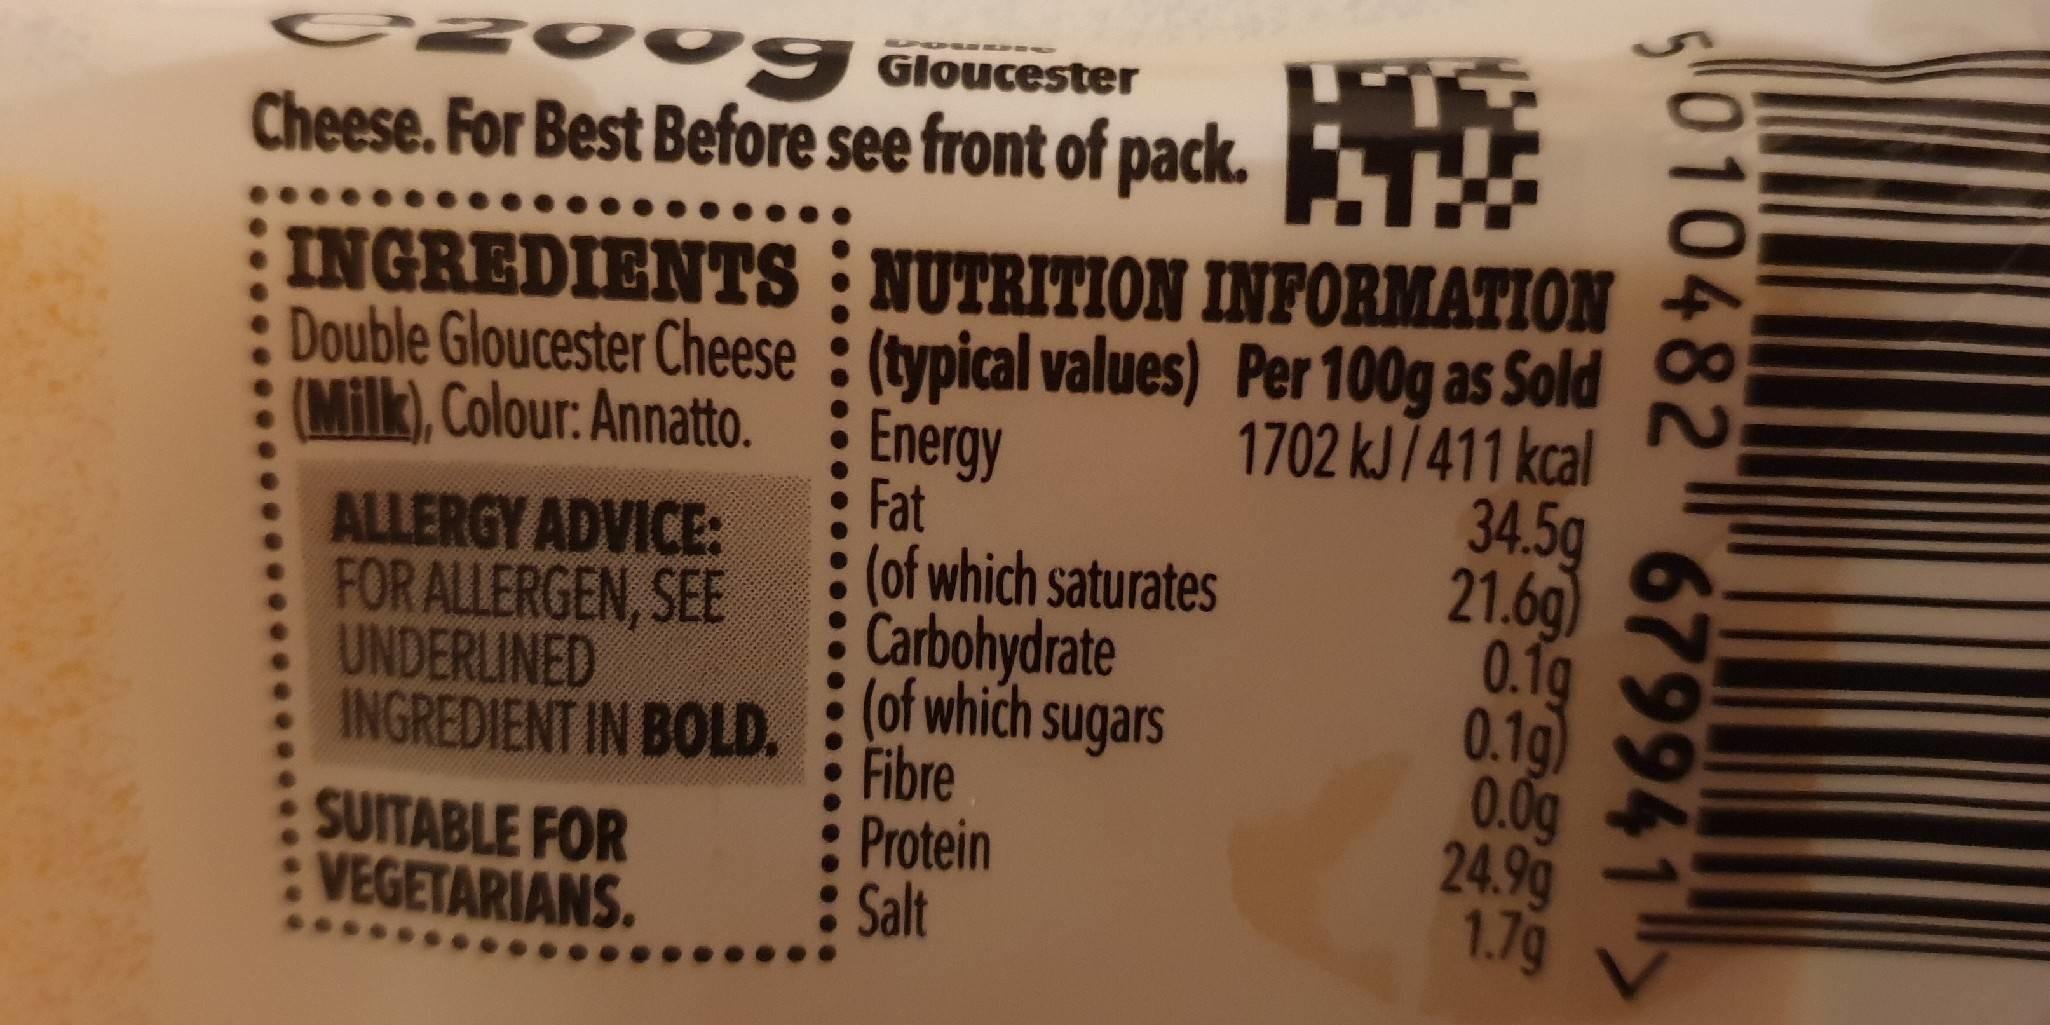
COugGloucester Cheese. For Best Before see front of pack. : INGREDIENTS : NUTRITION INFORMATION Double Gloucester Cheese : (typical values) Per 100g as Sold Energy 1702 KJ7411 kcal 34.5g 21.6g) 0.1g 0.1g) 0.0g 24.9g 1.7g (Milk), Colour: Annatto. ALLERGY ADVICE: FOR ALLERGEN, SEE UNDERLINED Fat (of which saturates Carbohydrate INGREDIENT IN BOLD. : of which sugars SUITABLE FOR VEGETARIANS. Fibre Protein : Salt 010482 679941>